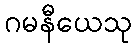
ဂမနီယေသု